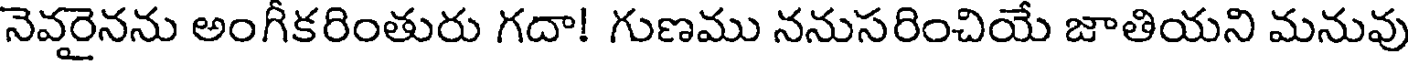
నెవరైనను అంగీకరింతురు గదా! గుణము ననుసరించియే జాతియని మనువు